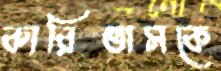
কারিতাসকে